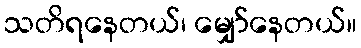
သတိရနေတယ်၊ မျှော်နေတယ်။